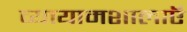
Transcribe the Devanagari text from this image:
व्यायामशालाऍ